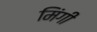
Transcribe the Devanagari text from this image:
मिंगी